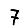
Digit: 7